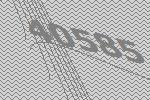
40585